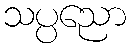
သပ္ပညော